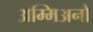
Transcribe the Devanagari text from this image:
अम्मिअनो